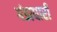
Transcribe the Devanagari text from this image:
गंडाधारी